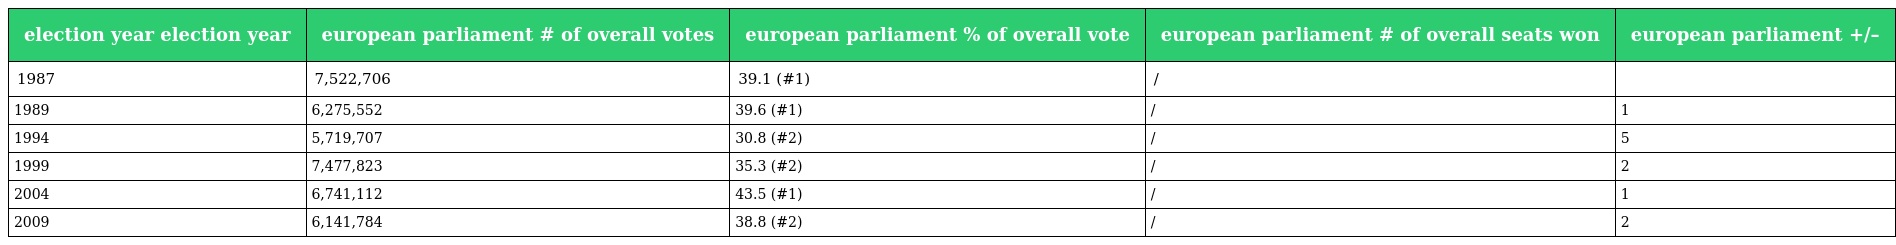
| election year election year | european parliament # of overall votes | european parliament % of overall vote | european parliament # of overall seats won | european parliament +/– |
 | --- | --- | --- | --- | --- |
 | 1987 | 7,522,706 | 39.1 (#1) | / |  |
 | 1989 | 6,275,552 | 39.6 (#1) | / | 1 |
 | 1994 | 5,719,707 | 30.8 (#2) | / | 5 |
 | 1999 | 7,477,823 | 35.3 (#2) | / | 2 |
 | 2004 | 6,741,112 | 43.5 (#1) | / | 1 |
 | 2009 | 6,141,784 | 38.8 (#2) | / | 2 |